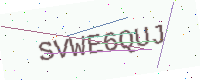
Text: SVWE6QUJ